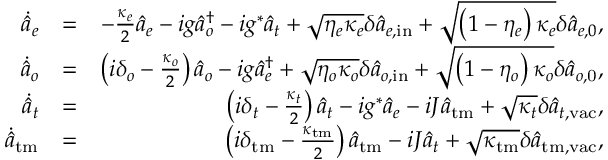
\begin{array} { r l r } { \dot { \hat { a } } _ { e } } & { = } & { - \frac { \kappa _ { e } } { 2 } \hat { a } _ { e } - i g \hat { a } _ { o } ^ { \dagger } - i g ^ { * } \hat { a } _ { t } + \sqrt { \eta _ { e } \kappa _ { e } } \delta \hat { a } _ { e , \mathrm { i n } } + \sqrt { \left( 1 - \eta _ { e } \right) \kappa _ { e } } \delta \hat { a } _ { e , 0 } , } \\ { \dot { \hat { a } } _ { o } } & { = } & { \left( i \delta _ { o } - \frac { \kappa _ { o } } { 2 } \right) \hat { a } _ { o } - i g \hat { a } _ { e } ^ { \dagger } + \sqrt { \eta _ { o } \kappa _ { o } } \delta \hat { a } _ { o , \mathrm { i n } } + \sqrt { \left( 1 - \eta _ { o } \right) \kappa _ { o } } \delta \hat { a } _ { o , \mathrm { 0 } } , } \\ { \dot { \hat { a } } _ { t } } & { = } & { \left( i \delta _ { t } - \frac { \kappa _ { t } } { 2 } \right) \hat { a } _ { t } - i g ^ { * } \hat { a } _ { e } - i J \hat { a } _ { \mathrm { t m } } + \sqrt { \kappa _ { t } } \delta \hat { a } _ { t , \mathrm { v a c } } , } \\ { \dot { \hat { a } } _ { \mathrm { t m } } } & { = } & { \left( i \delta _ { \mathrm { t m } } - \frac { \kappa _ { \mathrm { t m } } } { 2 } \right) \hat { a } _ { \mathrm { t m } } - i J \hat { a } _ { t } + \sqrt { \kappa _ { \mathrm { t m } } } \delta \hat { a } _ { { \mathrm { t m } } , \mathrm { v a c } } , } \end{array}